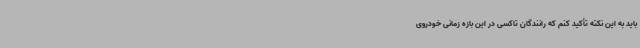
باید به این نکته تأکید کنم که رانندگان تاکسی در این بازه زمانی خودروی